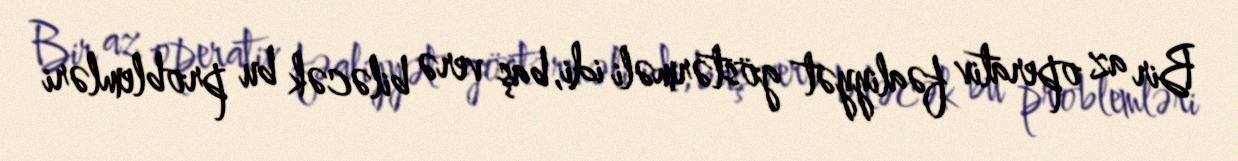
Bir az operativ fəaliyyət göstərməli idi, baş verə biləcək bu problemləri